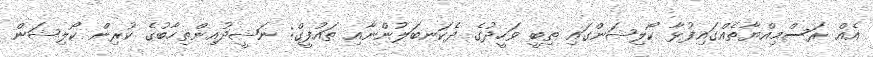
އެއް ރަސްމިއްޔާތެއްގައިފުޅާ ކޯލިޝަންގައި ތިބީ ވަހީދުގެ ދެކަނބަލުންނާއި ތައުފީގް: ނަޝީދުއިންތިހާބުގެ ކުރިން ކޯލިޝަން